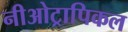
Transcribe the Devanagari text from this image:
नीओट्रापिकल